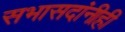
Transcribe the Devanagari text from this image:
सभासदांनीही